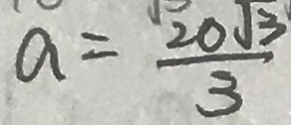
a = \frac { 2 0 \sqrt { 3 } } { 3 }